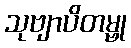
သုဗျာပိတမ္ဗု